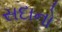
સદાનો